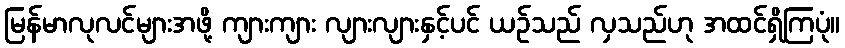
မြန်မာလုလင်များအဖို့ ကျားကျား လျားလျားနှင့်ပင် ယဉ်သည် လှသည်ဟု အထင်ရှိကြပုံ။